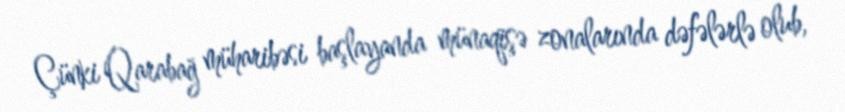
Çünki Qarabağ müharibəsi başlayanda münaqişə zonalarında dəfələrlə olub,